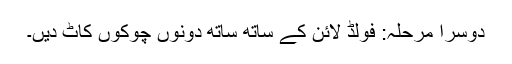
دوسرا مرحلہ: فولڈ لائن کے ساتھ ساتھ دونوں چوکوں کاٹ دیں۔